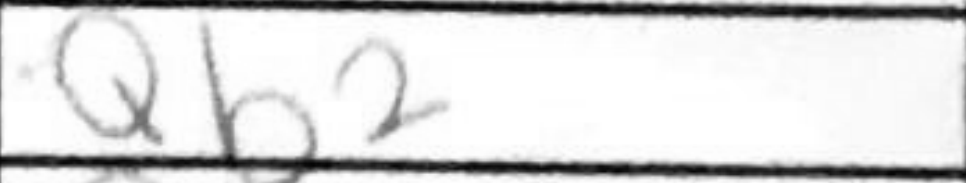
Transcription: Qb2